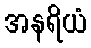
အနရိယံ